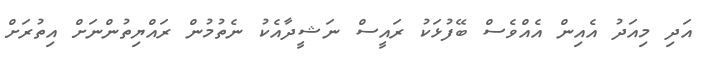
އަދި މިއަދު އެއިން އެއްވެސް ބޭފުޅަކު ރައީސް ނަޝީދާއެކު ނެތުމުން ރައްޔިތުންނަށް އިތުރަށް